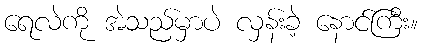
ရေလဲကို အဲသည်မှာပဲ လှန်းခဲ့ နောင်ကြီး။